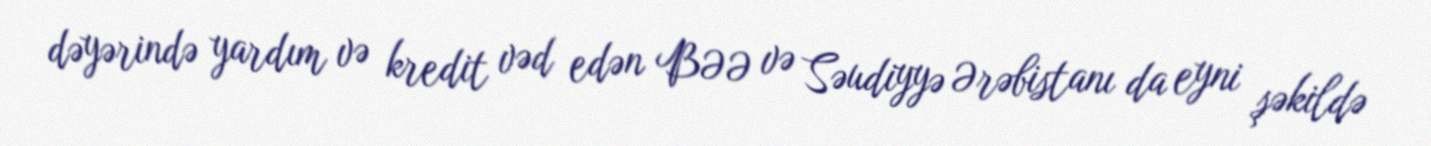
dəyərində yardım və kredit vəd edən BƏƏ və Səudiyyə Ərəbistanı da eyni şəkildə